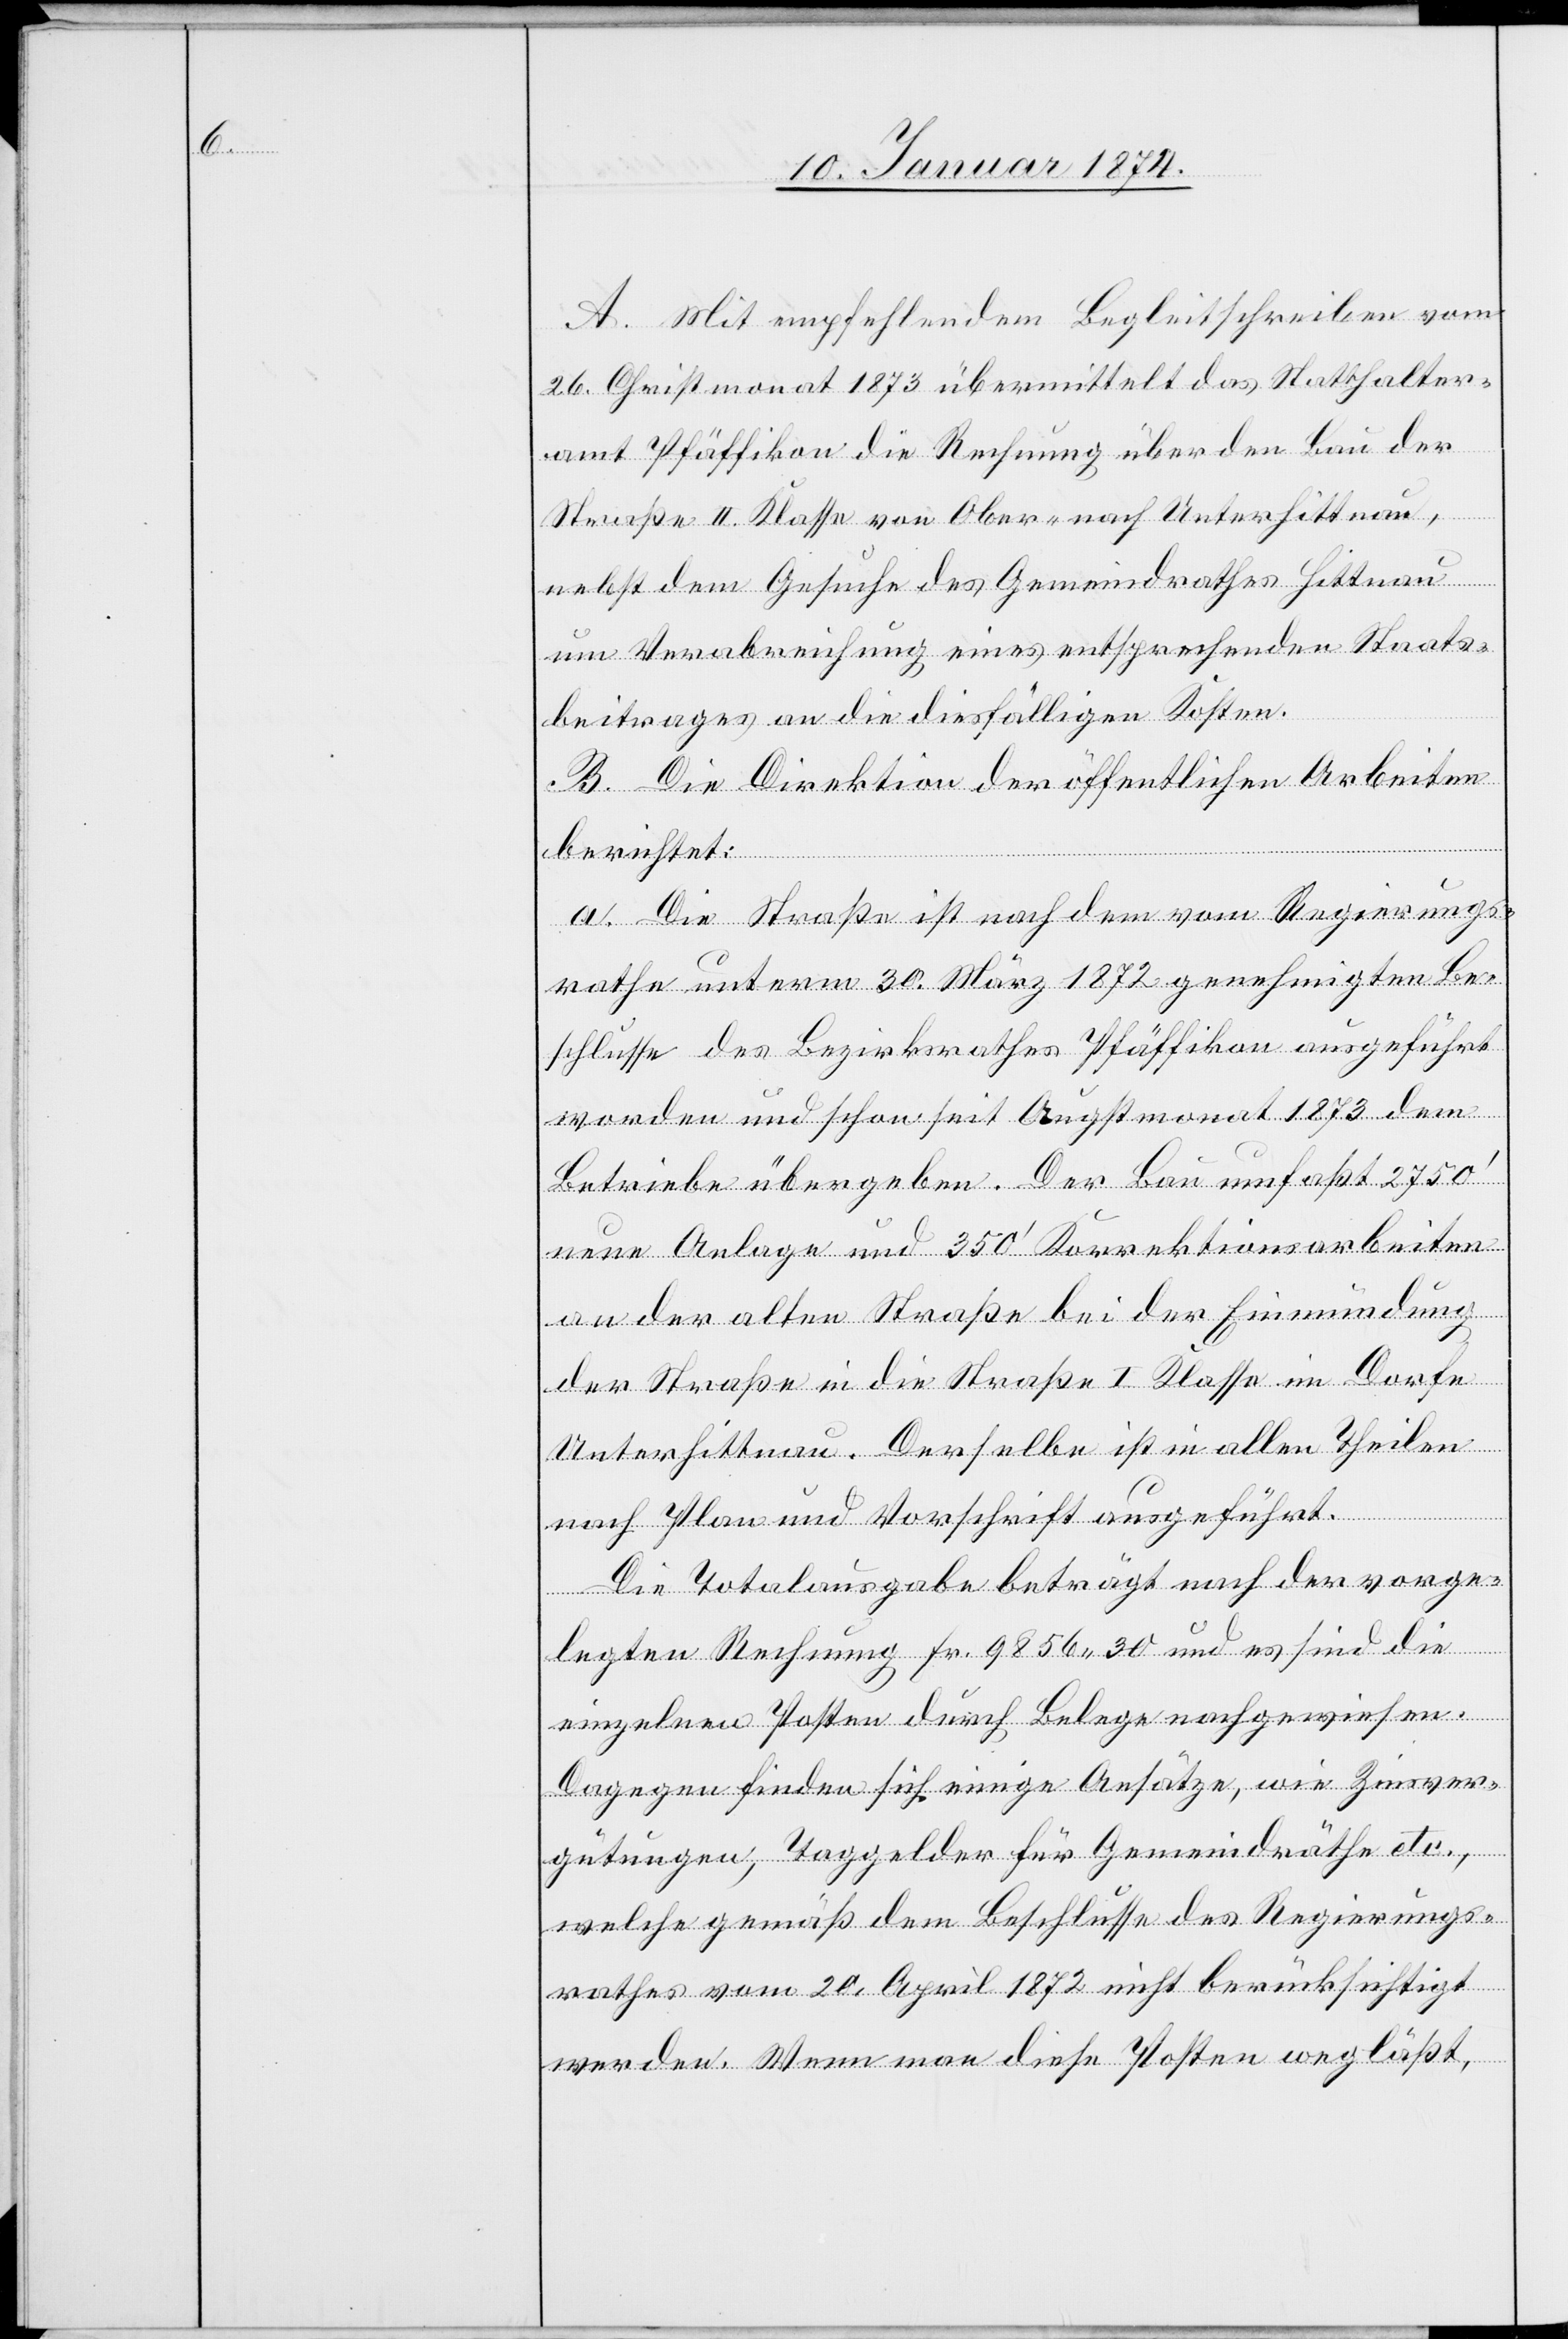
A. Mit empfehlendem Begleitschreiben vom
26. Christmonat 1873 übermittelt das Statthalter¬
amt Pfäffikon die Rechnung über den Bau der
Straße II. Klasse von Ober- nach Unterhittnau,
nebst dem Gesuche des Gemeindrathes Hittnau
um Verabreichung eines entsprechenden Staats¬
beitrages an die diesfälligen Kosten.
B. Die Direktion der öffentlichen Arbeiten
berichtet:
a) Die Straße ist nach dem vom Regierungs¬
rathe unterm 30. März 1872 genehmigten Be¬
schlusse des Bezirksrathes Pfäffikon ausgeführt
worden und schon seit Augstmonat 1873 dem
Betriebe übergeben. Der Bau umfasst 2750‘
neue Anlage und 350‘ Korrektionsarbeiten
an der alten Straße bei der Einmündung
der Straße in die Straße I. Klasse im Dorfe
Unterhittnau. Derselbe ist in allen Theilen
nach Plan und Vorschrift ausgeführt.
Die Totalausgabe beträgt nach der vorge¬
legten Rechnung Fr. 9856.30 und es sind die
einzelnen Posten durch Belege nachgewiesen.
Dagegen finden sich einige Ansätze, wie Zinsver¬
gütungen, Taggelder für Gemeindräthe etc.,
welche gemäß dem Beschlusse des Regierungs¬
rathes vom 20. April 1872 nicht berücksichtigt
werden. Wenn man diese Posten wegläßt,